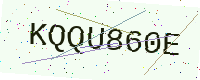
Text: KQQU860E